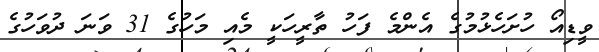
ވީޑިއޯ ހުށަހެޅުމުގެ އެންމެ ފަހު ތާރީހަކީ މެއި މަހުގެ 31 ވަނަ ދުވަހުގެ